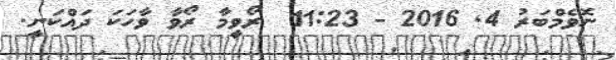
ނޮވެމްބަރު 4